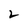
Character: 2